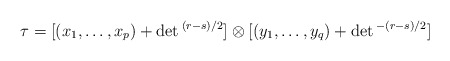
\begin{align*}\tau=[(x_1,\ldots, x_p)+ \det{}^{(r-s)/2}]\otimes [(y_1,\ldots, y_q)+\det{}^{-(r-s)/2}]\end{align*}